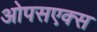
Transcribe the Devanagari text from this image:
ओपसएक्स